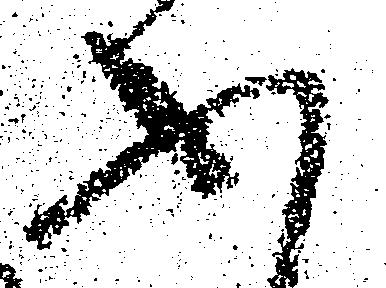
ふ